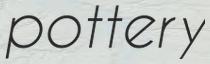
pottery